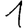
Digit: 1